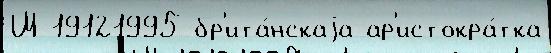
Ш 19121995 бр'ита́нскаjа ар'истокра́тка